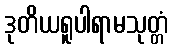
ဒုတိယရူပါရာမသုတ္တံ